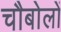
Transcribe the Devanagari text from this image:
चौबोलों